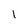
Character: l